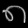
Digit: ၈